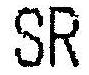
SR